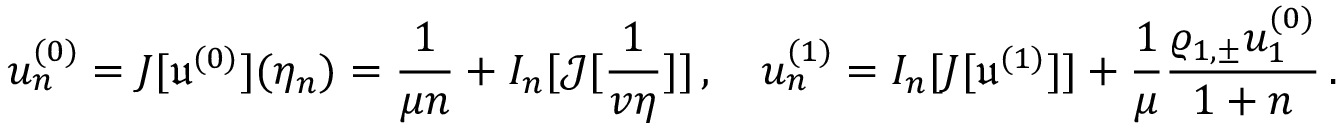
u _ { n } ^ { ( 0 ) } = { \cal J } [ \mathfrak { u } ^ { ( 0 ) } ] ( \eta _ { n } ) = \frac { 1 } { \mu n } + { \cal I } _ { n } [ { \mathcal J } [ \frac { 1 } { v \eta } ] ] \, , \quad u _ { n } ^ { ( 1 ) } = { \cal I } _ { n } [ { \cal J } [ \mathfrak { u } ^ { ( 1 ) } ] ] + \frac { 1 } { \mu } \frac { \varrho _ { 1 , \pm } u _ { 1 } ^ { ( 0 ) } } { 1 + n } \, .